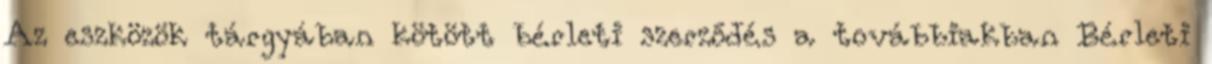
Az eszközök tárgyában kötött bérleti szerződés a továbbiakban Bérleti